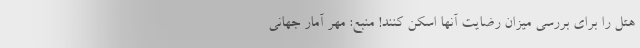
هتل را برای بررسی میزان رضایت آنها اسکن کنند! منبع: مهر آمار جهانی